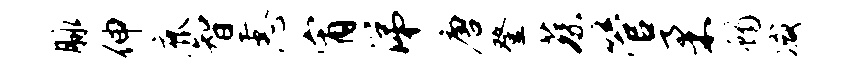
脉伸鹿智恚宵涕唐登蔡管柔蝎减